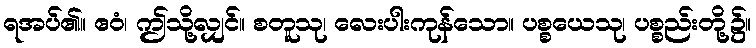
ရအပ်၏။ ဧဝံ၊ ဤသို့လျှင်။ စတူသု၊ လေးပါးကုန်သော။ ပစ္စယေသု၊ ပစ္စည်းတို့၌။